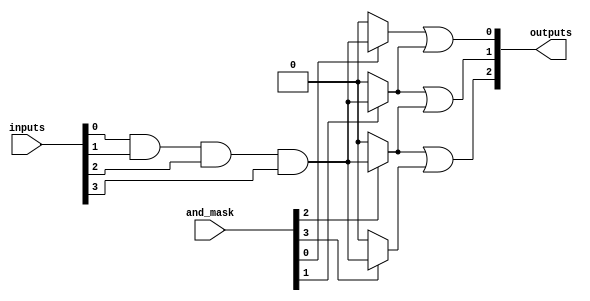
module masked_pal #(
    parameter NUM_INPUTS = 4,  // Number of inputs (A, B, C, D)
    parameter NUM_AND_GATES = 8, // Number of AND gates
    parameter NUM_OUTPUTS = 3    // Number of outputs (Y1, Y2, Y3)
)(
    input wire [NUM_INPUTS-1:0] inputs, // Input vector
    input wire [NUM_AND_GATES-1:0] and_mask, // Mask for AND gates
    output wire [NUM_OUTPUTS-1:0] outputs // Output vector
);

// Declare the AND gate outputs
wire [NUM_AND_GATES-1:0] and_outputs;

// Generate the AND array
genvar i, j;
generate
    for (i = 0; i < NUM_AND_GATES; i = i + 1) begin : and_array
        // Each AND gate can be programmed using the and_mask
        assign and_outputs[i] = and_mask[i] ? (inputs[0] & inputs[1] & inputs[2] & inputs[3]) : 1'b0; // Example logic
    end
endgenerate

// OR gates to combine the outputs of the AND gates
generate
    for (j = 0; j < NUM_OUTPUTS; j = j + 1) begin : or_array
        // Example logic for OR gates, can be customized
        assign outputs[j] = (and_outputs[j] | and_outputs[j+1]); // Example combining logic
    end
endgenerate

endmodule